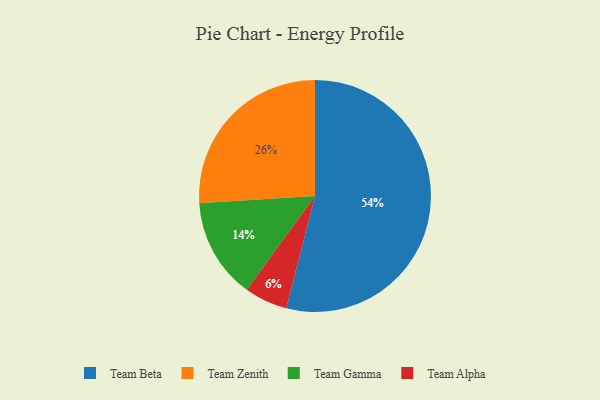
{"axis": {"x": "Category", "y": "Percentage"}, "legend": ["Team Alpha", "Team Beta", "Team Gamma", "Team Zenith"], "data": [{"x": "Team Beta", "y": 54, "type": "Team Beta"}, {"x": "Team Gamma", "y": 14, "type": "Team Gamma"}, {"x": "Team Alpha", "y": 6, "type": "Team Alpha"}, {"x": "Team Zenith", "y": 26, "type": "Team Zenith"}]}